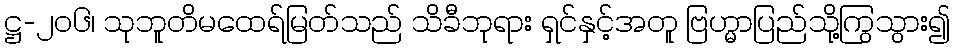
ဋ္ဌ-၂၀၆၊ သုဘူတိမထေရ်မြတ်သည် သိခီဘုရား ရှင်နှင့်အတူ ဗြဟ္မာပြည်သို့ကြွသွား၍